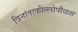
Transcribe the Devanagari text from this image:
त्रिनांताफील्लोपौळस